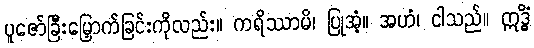
ပူဇော်ခြီးမြှောက်ခြင်းကိုလည်း။ ကရိဿာမိ၊ ပြုအံ့။ အဟံ၊ ငါသည်။ ဣဒ္ဓိံ